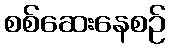
စစ်ဆေးနေစဉ်